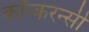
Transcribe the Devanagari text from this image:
कॉन्करन्सी